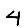
Digit: 4